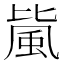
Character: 𱂼